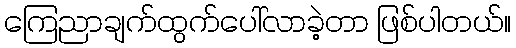
ကြေညာချက်ထွက်ပေါ်လာခဲ့တာ ဖြစ်ပါတယ်။